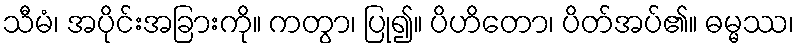
သီမံ၊ အပိုင်းအခြားကို။ ကတွာ၊ ပြု၍။ ပိဟိတော၊ ပိတ်အပ်၏။ ဓမ္မဿ၊